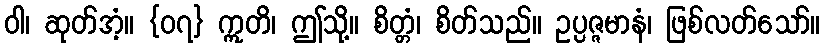
ဝါ၊ ဆုတ်အံ့။ {၀၇} ဣတိ၊ ဤသို့။ စိတ္တံ၊ စိတ်သည်။ ဥပ္ပဇ္ဇမာနံ၊ ဖြစ်လတ်သော်။